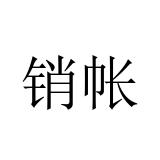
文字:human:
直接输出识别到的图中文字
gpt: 销帐